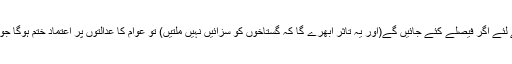
بیرونی دباو یا غیروں کو خوش کرنے کے لئے اگر فیصلے کئے جائیں گے(اور یہ تاثر ابھرے گا کہ گستاخوں کو سزائیں نہیں ملتیں) تو عوام کا عدالتوں پر اعتماد ختم ہوگا جو کئی بےگناہوں کی موت کا باعث بنے گا۔